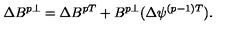
\Delta B ^ { p \perp } = \Delta B ^ { p T } + B ^ { p \perp } ( \Delta \psi ^ { ( p - 1 ) T } ) .